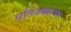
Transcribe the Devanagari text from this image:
घतियकरण